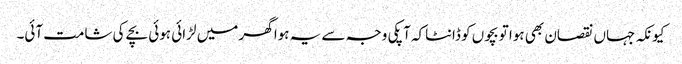
کیونکہ جہاں نقصان بھی ہوا تو بچوں کو ڈانٹاکہ آپکی وجہ سے یہ ہوا گھر میں لڑائی ہوئی بچے کی شامت آئی۔